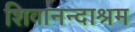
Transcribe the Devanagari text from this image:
शिवानन्दाश्रम